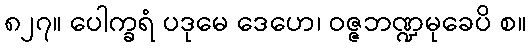
၈၂၇။ ပေါက္ခရံ ပဒုမေ ဒေဟေ၊ ဝဇ္ဇဘဏ္ဍမုခေပိ စ။